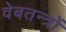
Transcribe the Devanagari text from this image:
वेबतन्त्रों